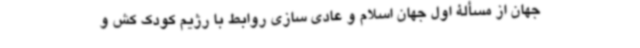
جهان از مسألۀ اول جهان اسلام و عادی سازی روابط با رژیم کودک کش و